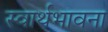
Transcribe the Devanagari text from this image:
स्वार्थभावना